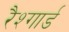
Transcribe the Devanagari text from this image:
रैश्गार्ड